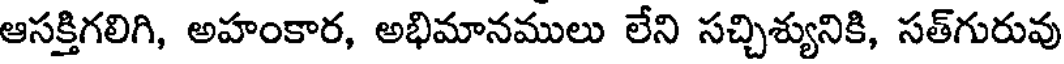
ఆసక్తిగలిగి, అహంకార, అభిమానములు లేని సచ్చిశ్యునికి, సత్గురువు